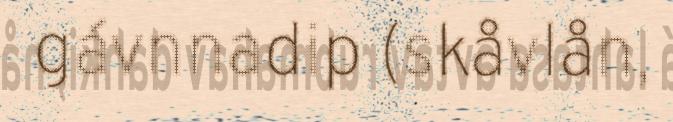
gávnnadip (skåvlån,